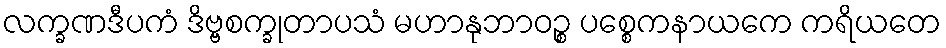
လက္ခဏဒီပကံ ဒိဗ္ဗစက္ခုတာပသံ မဟာနုဘာဝဉ္စ ပစ္စေကနာယကေ ကရိယတေ